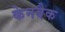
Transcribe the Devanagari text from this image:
केनबैक